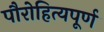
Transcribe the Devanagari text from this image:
पौरोहित्यपूर्ण